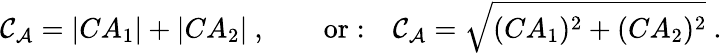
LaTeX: {\cal C}_{\cal A}=|CA_{1}|+|CA_{2}|\ ,\qquad\mathrm{or:}\quad{\cal C}_{\cal A}=\sqrt{(CA_{1})^{2}+(CA_{2})^{2}}\ .